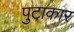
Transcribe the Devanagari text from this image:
पुटाकार